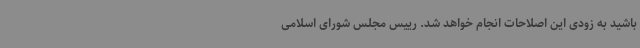
باشید به زودی این اصلاحات انجام خواهد شد. رییس مجلس شورای اسلامی